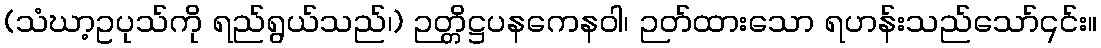
(သံဃာ့ဥပုသ်ကို ရည်ရွယ်သည်၊) ဉတ္တိဋ္ဌပနကေနဝါ၊ ဉတ်ထားသော ရဟန်းသည်သော်၎င်း။